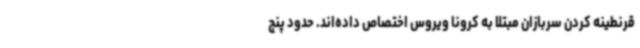
قرنطینه کردن سربازان مبتلا به کرونا ویروس اختصاص داده‌اند. حدود پنج